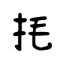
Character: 㧌